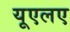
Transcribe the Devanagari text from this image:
यूएलए